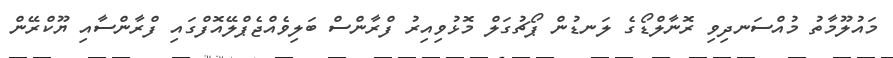
މައުލޫމާތު މުއްސަނދިވި ރޮނާލްޑޯގެ ލަނޑުން ޕޯޗުގަލް މޮޅުވިއިރު ފްރާންސް ބަލިވެއްޖެޕްލޭއޮފްގައި ފްރާންސާއި ޔޫކްރޭން